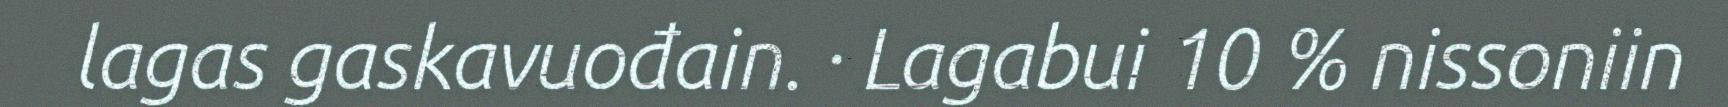
lagas gaskavuođain. · Lagabui 10 % nissoniin